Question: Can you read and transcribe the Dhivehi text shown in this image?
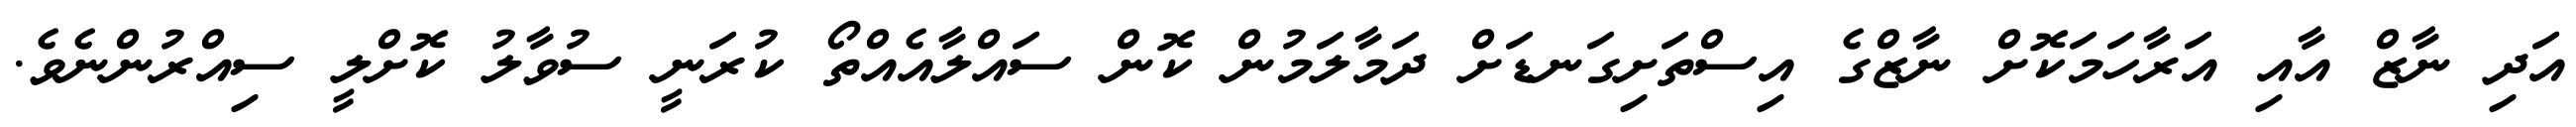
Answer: އަދި ނާޒް އާއި އަރާހަމަކޮށް ނާޒްގެ އިސްތަށިގަނޑަށް ދަމާލަމުން ކޮން ސައްލާއެއްތޯ ކުރަނީ ސުވާލު ކޮށްލީ ސިއްރުންނެވެ.